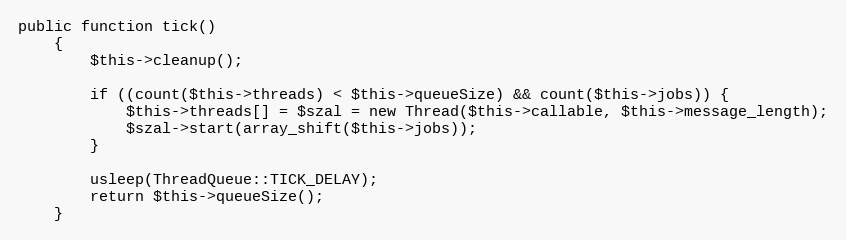
Language: PHP
public function tick()
    {
        $this->cleanup();

        if ((count($this->threads) < $this->queueSize) && count($this->jobs)) {
            $this->threads[] = $szal = new Thread($this->callable, $this->message_length);
            $szal->start(array_shift($this->jobs));
        }

        usleep(ThreadQueue::TICK_DELAY);
        return $this->queueSize();
    }